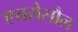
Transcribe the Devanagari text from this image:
एयरोसौल